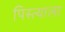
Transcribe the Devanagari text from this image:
पिस्त्याला